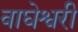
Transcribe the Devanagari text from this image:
वाघेश्वरी